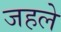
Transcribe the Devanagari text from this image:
जहले